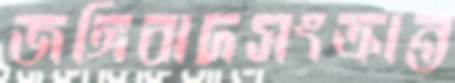
জঙ্গিবাদসংক্রান্ত